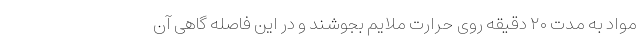
مواد به مدت ۲۰ دقیقه روی حرارت ملایم بجوشند و در این فاصله گاهی آن